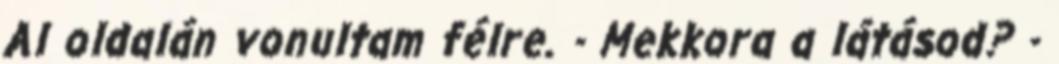
Al oldalán vonultam félre. - Mekkora a látásod? -